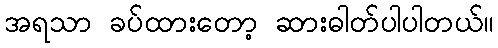
အရသာ ခပ်ထားတော့ ဆားဓါတ်ပါပါတယ်။